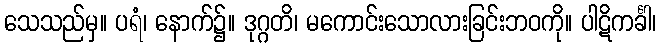
သေသည်မှ။ ပရံ၊ နောက်၌။ ဒုဂ္ဂတိ၊ မကောင်းသောလားခြင်းဘဝကို။ ပါဋိကင်္ခါ၊